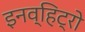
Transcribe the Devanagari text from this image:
इनव्हिट्रो